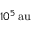
1 0 ^ { 5 } { \mathrm { \, a u } }